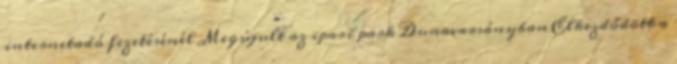
internetadó fizetésénél Megújult az ipari park Dunavarsányban Elkezdődött a